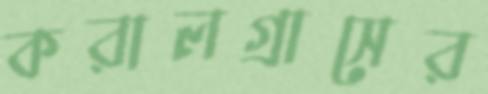
করালগ্রাসের